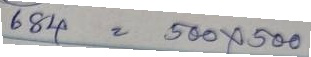
684 = 500 x 500